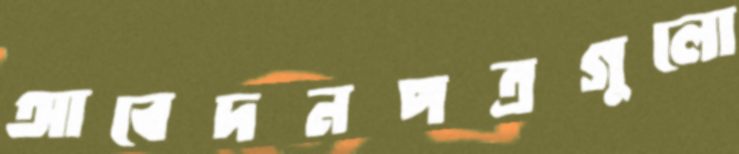
আবেদনপত্রগুলো